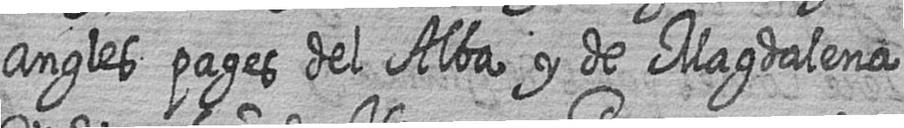
Angles pages del Alba y de Magdalena